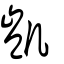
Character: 凱